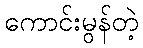
ကောင်းမွန်တဲ့